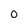
Character: O